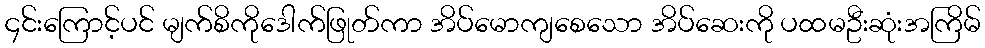
၄င်းကြောင့်ပင် မျက်စိကိုဒေါက်ဖြုတ်ကာ အိပ်မောကျစေသော အိပ်ဆေးကို ပထမဦးဆုံးအကြိမ်